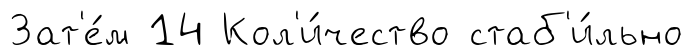
Зат'е́м 14 Кол'и́чество стаб'и́льно